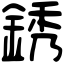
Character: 銹